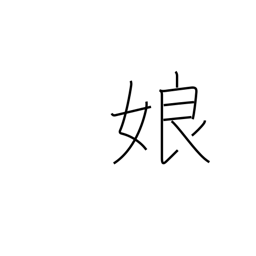
Meaning: girl